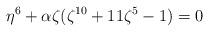
LaTeX: \begin{align*}\eta^{6} + \alpha \zeta (\zeta^{10}+11\zeta^{5}-1)=0\end{align*}